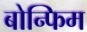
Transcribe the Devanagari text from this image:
बोन्फिम